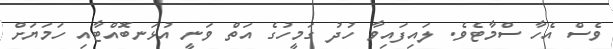
ވެސް އެހާ ސްމާޓެވެ. ލައިފައިވާ ހުދު ގަމީހުގެ އަތް ވަނީ އުޅަނބޮއްޓާއި ހަމަޔަށް